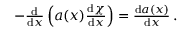
\begin{array} { r } { - \frac { \mathrm { d } } { \mathrm { d } x } \left( a ( x ) \frac { \mathrm { d } \chi } { \mathrm { d } x } \right) = \frac { \mathrm { d } a ( x ) } { \mathrm { d } x } \, . } \end{array}